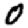
Digit: 0